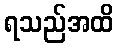
ရသည်အထိ